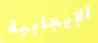
الإيجابية